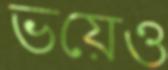
ভয়েও